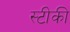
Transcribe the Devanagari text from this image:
स्टीकी